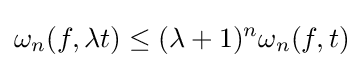
\omega _{n}(f,\lambda t)\leq (\lambda +1)^{n}\omega _{n}(f,t)